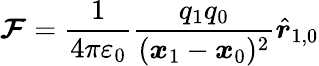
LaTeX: {\boldsymbol{\mathcal{F}}}={\frac{{1}}{{4\pi\varepsilon_{0}}}}{\frac{{q_{1}q_{0}}}{{({\boldsymbol{x}}_{1}-{\boldsymbol{x}}_{0})^{2}}}}{\hat{{\boldsymbol{r}}}}_{1,0}